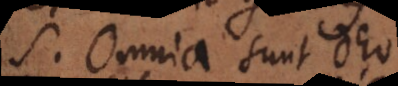
M. Omnia sunt Deo